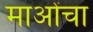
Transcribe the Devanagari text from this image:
माओंचा